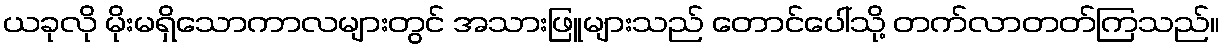
ယခုလို မိုးမရှိသောကာလများတွင် အသားဖြူများသည် တောင်ပေါ်သို့ တက်လာတတ်ကြသည်။